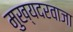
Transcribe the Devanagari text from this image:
मुख्यदरवाजा